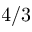
4 / 3